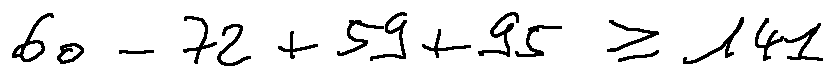
6 0 - 7 2 + 5 9 + 9 5 \geq 1 4 1